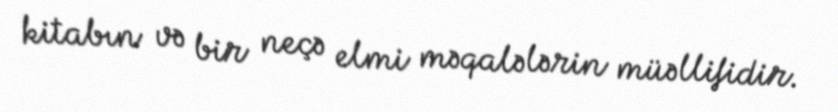
kitabın və bir neçə elmi məqalələrin müəllifidir.